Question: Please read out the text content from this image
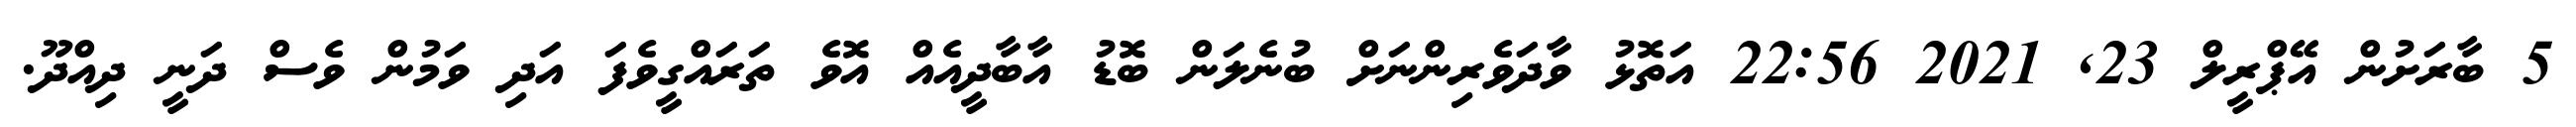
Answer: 5 ބާރަށުން އޭޕްރީލް 23, 2021 22:56 އަތޮޅު ވާދަވެރިންނަށް ބުނެލަން ބޮޑު އާބާދީއެއް އޮވެ ތަރައްގީވެފަ އަދި ވަމުން ވެސް ދަނީ ދިއްދޫ.